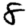
Digit: 8